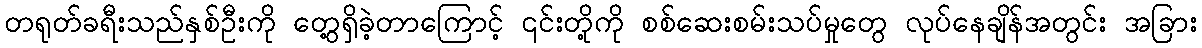
တရုတ်ခရီးသည်နှစ်ဦးကို တွေ့ရှိခဲ့တာကြောင့် ၎င်းတို့ကို စစ်ဆေးစမ်းသပ်မှုတွေ လုပ်နေချိန်အတွင်း အခြား